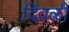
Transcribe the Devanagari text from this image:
दिवळी